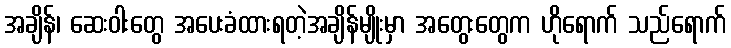
အချိန်၊ ဆေးဝါးတွေ အပေးခံထားရတဲ့အချိန်မျိုးမှာ အတွေးတွေက ဟိုရောက် သည်ရောက်